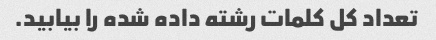
تعداد کل کلمات رشته داده شده را بیابید.